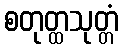
စတုတ္ထသုတ္တံ